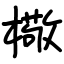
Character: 㯳